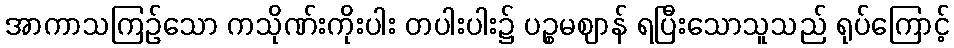
အာကာသကြဉ်သော ကသိုဏ်းကိုးပါး တပါးပါး၌ ပဉ္စမဈာန် ရပြီးသောသူသည် ရုပ်ကြောင့်